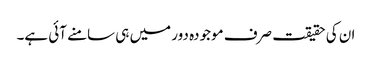
ان کی حقیقت صرف موجودہ دور میں ہی سامنے آئی ہے۔